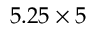
5 . 2 5 \times 5